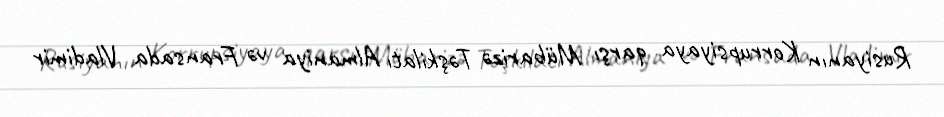
Rusiyanın Korrupsiyaya qarşı Mübarizə Təşkilatı Almaniya və Fransada Vladimir